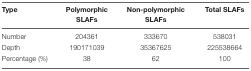
| Type | Polymorphic SLAFs | Non-polymorphic SLAFs | Total SLAFs |
 | --- | --- | --- | --- |
 | Number | 204361 | 333670 | 538031 |
 | Depth | 190171039 | 35367625 | 225538664 |
 | Percentage (%) | 38 | 62 | 100 |